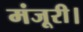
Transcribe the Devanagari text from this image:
मंजूरी।